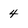
Character: 4